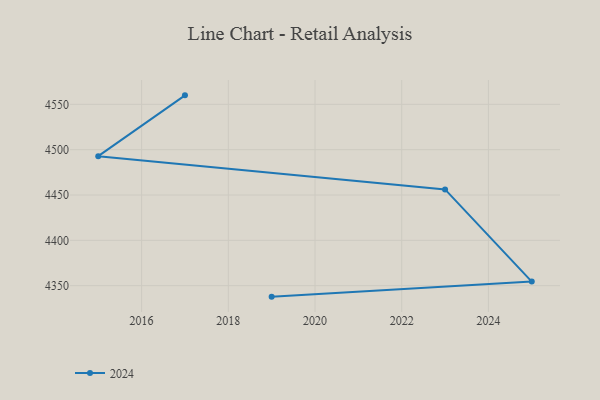
{"axis": {"x": "Year", "y": "Demand Index"}, "legend": ["2024"], "data": [{"x": "2019", "y": 4337.9, "type": "2024"}, {"x": "2025", "y": 4354.5, "type": "2024"}, {"x": "2023", "y": 4456.2, "type": "2024"}, {"x": "2015", "y": 4492.8, "type": "2024"}, {"x": "2017", "y": 4559.9, "type": "2024"}]}